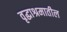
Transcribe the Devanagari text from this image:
वृद्धाश्रमातील